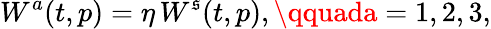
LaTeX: W^{a}(t,p)=\eta\, W^{\mathfrak{s}}(t,p),\qquada=1,2,3,